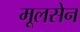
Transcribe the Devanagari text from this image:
मूलसेन